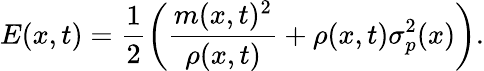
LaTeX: E(x,t)=\frac{1}{2}\left(\frac{m(x,t)^{2}}{\rho(x,t)}+\rho(x,t)\sigma_{p}^{2}(x)\right).